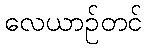
လေယာဉ်တင်